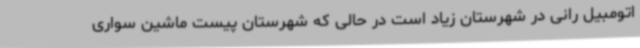
اتومبیل رانی در شهرستان زیاد است در حالی که شهرستان پیست ماشین سواری